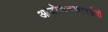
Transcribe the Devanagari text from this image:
आंदोलनकारईयों